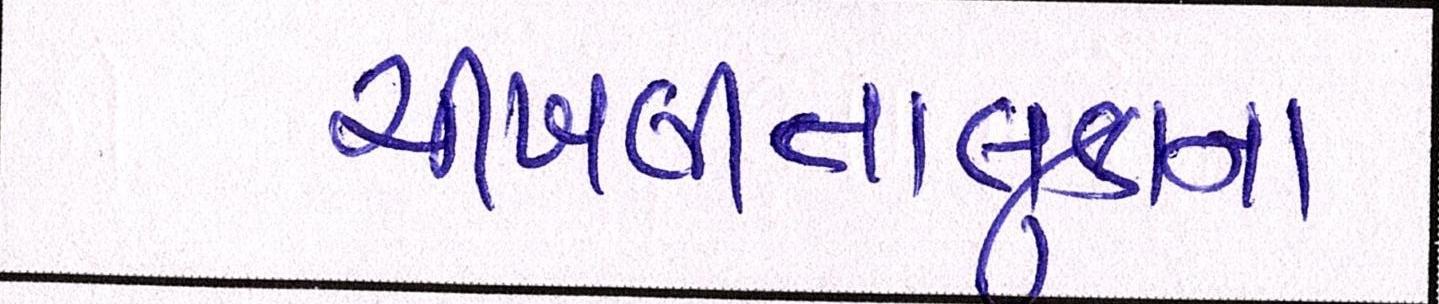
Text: ચીખલીતાલુકાના